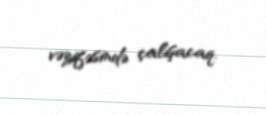
vəzifəsində çalışacaq.